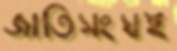
জাতিসংঘই